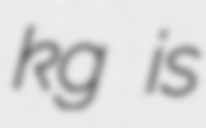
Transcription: kg is